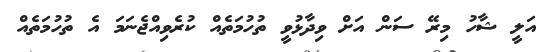
އަލީ ޝާހު މިރޭ ސަން އަށް ވިދާޅުވީ ތުހުމަތެއް ކުރެވިއްޖެނަމަ އެ ތުހުމަތެއް